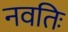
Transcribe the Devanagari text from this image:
नवतिः